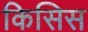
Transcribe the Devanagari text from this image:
किसिस